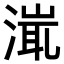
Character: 𣹵